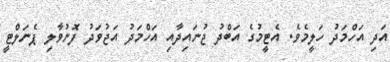
އަދި އަހްމަދު ހަލީމެވެ. އެޓީމުގެ އަބްދު ޖުނައިދާއި އަހްމަދު އަޖުވަދު ފޮނުވާލި ޕެނަލްޓީ